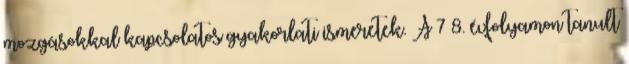
mozgásokkal kapcsolatos gyakorlati ismeretek. A 7 8. évfolyamon tanult